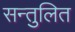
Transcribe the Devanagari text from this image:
सन्‍तुलित